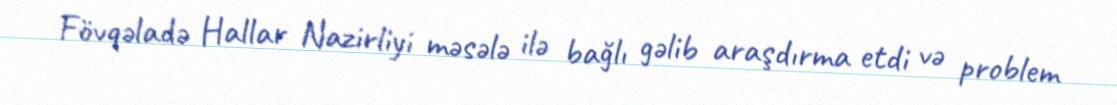
Fövqəladə Hallar Nazirliyi məsələ ilə bağlı gəlib araşdırma etdi və problem